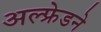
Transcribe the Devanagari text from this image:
अल्फ्रेडने